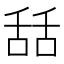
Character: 𦧚